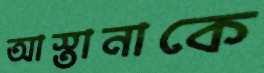
আস্তানাকে